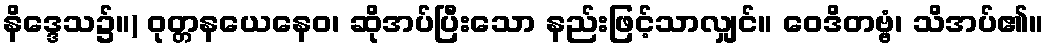
နိဒ္ဒေသ၌။) ဝုတ္တနယေနေဝ၊ ဆိုအပ်ပြီးသော နည်းဖြင့်သာလျှင်။ ဝေဒိတဗ္ဗံ၊ သိအပ်၏။